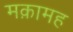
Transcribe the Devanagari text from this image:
मक़ामह